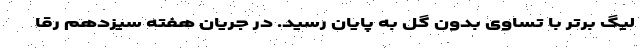
لیگ برتر با تساوی بدون گل به پایان رسید. در جریان هفته سیزدهم رقا